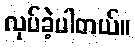
လုပ်ခဲ့ပါတယ်။